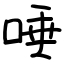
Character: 唾